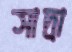
সাদ্রা